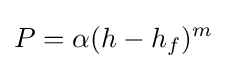
P=\alpha (h-h_{f})^{m}